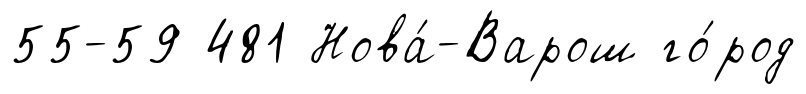
55-59 481 Нова́-Варош го́род